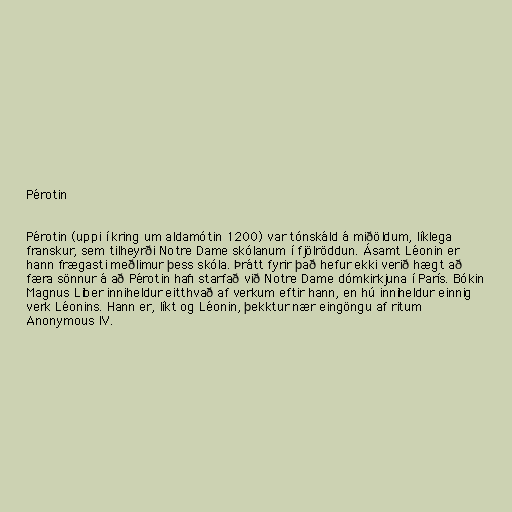
Pérotin

Pérotin (uppi í kring um aldamótin 1200) var tónskáld á miðöldum, líklega
franskur, sem tilheyrði Notre Dame skólanum í fjölröddun. Ásamt Léonin er
hann frægasti meðlimur þess skóla. Þrátt fyrir það hefur ekki verið hægt að
færa sönnur á að Pérotin hafi starfað við Notre Dame dómkirkjuna í París. Bókin
Magnus Liber inniheldur eitthvað af verkum eftir hann, en hú inniheldur einnig
verk Léonins. Hann er, líkt og Léonin, þekktur nær eingöngu af ritum
Anonymous IV.